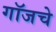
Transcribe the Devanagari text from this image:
गॉजचे